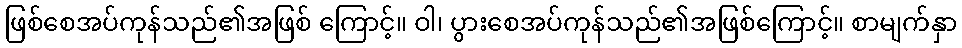
ဖြစ်စေအပ်ကုန်သည်၏အဖြစ် ကြောင့်။ ဝါ၊ ပွားစေအပ်ကုန်သည်၏အဖြစ်ကြောင့်။ စာမျက်နှာ